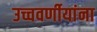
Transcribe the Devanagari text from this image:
उच्चवर्णीयांना